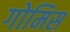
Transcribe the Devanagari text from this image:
गोमिस